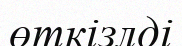
өткізлді